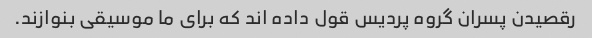
رقصیدن پسران گروه پردیس قول داده اند که برای ما موسیقی بنوازند.